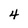
Character: 4